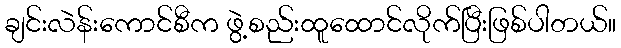
ချင်းလဲန်းကောင်စီက ဖွဲ့စည်းထူထောင်လိုက်ပြီးဖြစ်ပါတယ်။